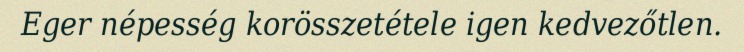
Eger népesség korösszetétele igen kedvezőtlen.